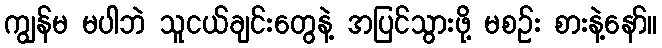
ကျွန်မ မပါဘဲ သူငယ်ချင်းတွေနဲ့ အပြင်သွားဖို့ မစဉ်း စားနဲ့နော်။